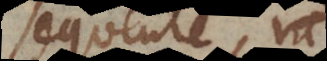
sequente, ut